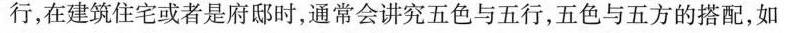
行，在建筑住宅或者是府邸时，通常会讲究五色与五行，五色与五方的搭配，如